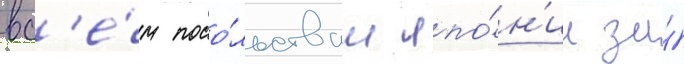
вс'е́м посо́льствам япо́н'ии за́